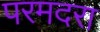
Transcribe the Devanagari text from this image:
परमदरा